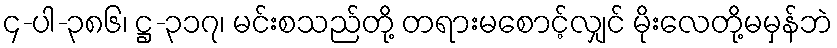
၄-ပါ-၃၈၆၊ ဋ္ဌ-၃၁၇၊ မင်းစသည်တို့ တရားမစောင့်လျှင် မိုးလေတို့မမှန်ဘဲ